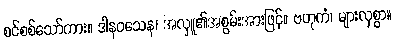
စင်စစ်သော်ကား။ ဒါနဝသေန၊ အလှူ၏အစွမ်းအားဖြင့်။ ဗဟုကံ၊ များလှစွာ။